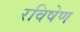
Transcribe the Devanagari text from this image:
रविषेण